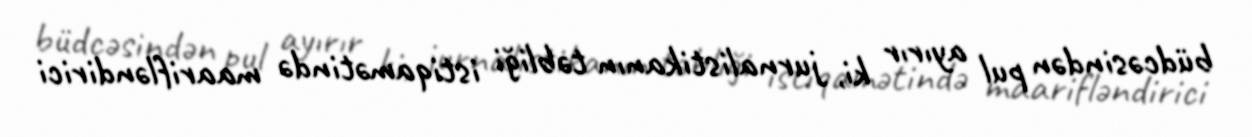
büdcəsindən pul ayırır ki, jurnalistikanın təbliği istiqamətində maarifləndirici